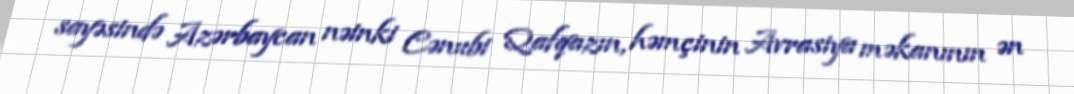
sayəsində Azərbaycan nəinki Cənubi Qafqazın, həmçinin Avrasiya məkanının ən